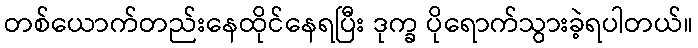
တစ်ယောက်တည်းနေထိုင်နေရပြီး ဒုက္ခ ပိုရောက်သွားခဲ့ရပါတယ်။